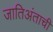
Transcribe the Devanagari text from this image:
जातिअंताची